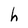
Character: h